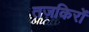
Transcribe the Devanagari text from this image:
तज़किरों